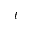
t